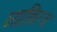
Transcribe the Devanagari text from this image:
व्याक्तित्त्व